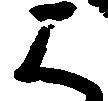
は